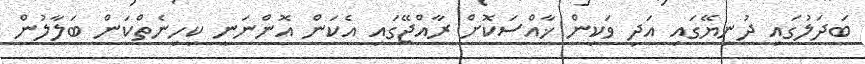
ބަދަލުގައި ދުނިޔޭގައި އަދި ވަކިން ޚާއްސަކޮށް ރާއްޖޭގައި އެކަން އޮންނަނީ ކިހިނެތްކަން ބަލާލުން